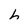
Character: h